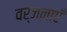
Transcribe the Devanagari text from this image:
वर्जनाएँ